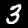
Digit: 3